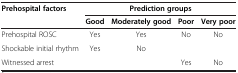
<table><thead><tr><td rowspan="2"><b>Prehospital factors</b></td><td colspan="4"><b>Prediction groups</b></td></tr><tr><td><b>Good</b></td><td><b>Moderately good</b></td><td><b>Poor</b></td><td><b>Very poor</b></td></tr></thead><tbody><tr><td>Prehospital ROSC</td><td>Yes</td><td>Yes</td><td>No</td><td>No</td></tr><tr><td>Shockable initial rhythm</td><td>Yes</td><td>No</td><td> </td><td> </td></tr><tr><td>Witnessed arrest</td><td> </td><td> </td><td>Yes</td><td>No</td></tr></tbody></table>